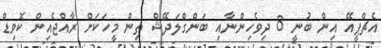
އެޗްޕީއޭ އިން ބުނީ 8 ދިވެހިންނާއި ބަންގްލަދޭޝް ތިން މީހަކަށް ރާއްޖެއިން ކޮވިޑް